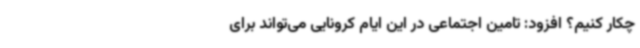
چکار کنیم؟ افزود: تامین اجتماعی در این ایام کرونایی‌ می‌تواند برای